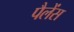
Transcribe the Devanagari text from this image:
पैलेंस